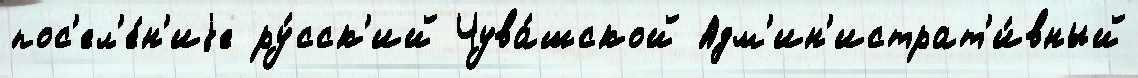
пос'ел'е́н'иjе ру́сск'ий Чува́шской Адм'ин'истрат'и́вный